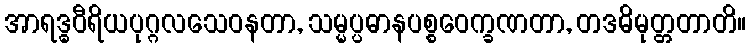
အာရဒ္ဓဝီရိယပုဂ္ဂလသေဝနတာ, သမ္မပ္ပဓာနပစ္စဝေက္ခဏတာ, တဒဓိမုတ္တတာတိ။